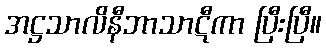
အဋ္ဌသာလိနီဘာသာဋီကာ ပြီးပြီ။